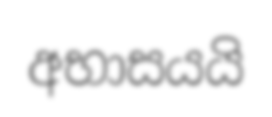
අභාසයයි